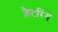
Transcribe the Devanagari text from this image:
फ्लैटरिंग